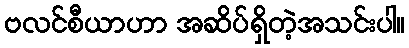
ဗလင်စီယာဟာ အဆိပ်ရှိတဲ့အသင်းပါ။